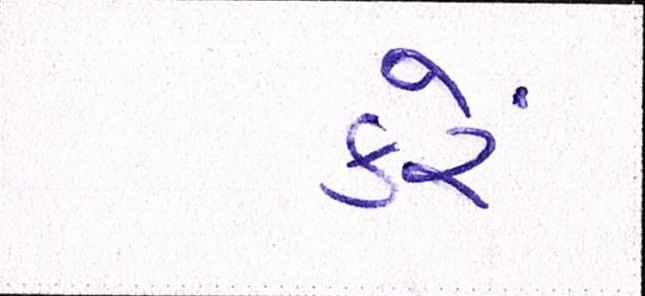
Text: કરેં